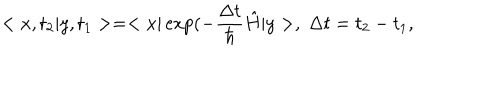
LaTeX: < x , t _ { 2 } | y , t _ { 1 } > = < x | \exp ( - \frac { \Delta t } { \hbar } \hat { H } | y > , \; \Delta t = t _ { 2 } - t _ { 1 } ,